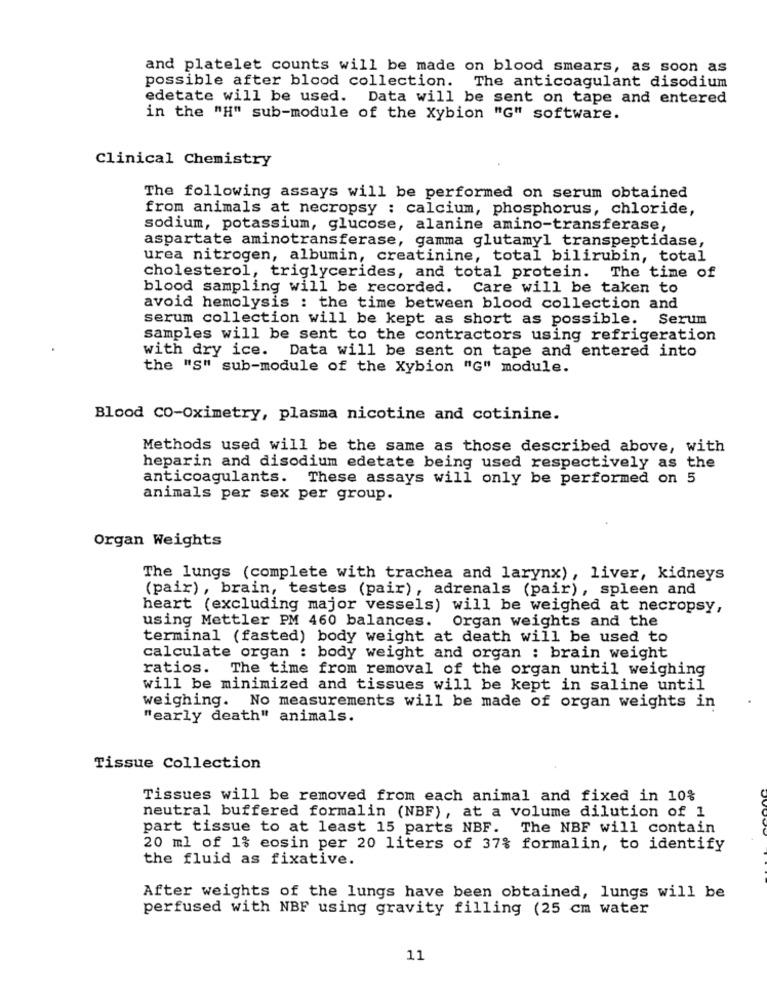
and platelet counts will be made on blood smears, as soon as
possible after blood collection. The anticoagulant disodium
edetate will be used. Data will be sent on tape and entered
in the "H" sub-module of the Xybion "G" software.
Clinical Chemistry
The following assays will be performed on serum obtained
from animals at necropsy : calcium, phosphorus, chloride,
sodium, potassium, glucose, alanine amino-transferase,
aspartate aminotransferase, gamma glutamyl transpeptidase,
urea nitrogen, albumin, creatinine, total bilirubin, total
cholesterol, triglycerides, and total protein. The time of
blood sampling will be recorded.
Care will be taken to
avoid hemolysis : the time between blood collection and
serum collection will be kept as short as possible.
Serum
samples will be sent to the contractors using refrigeration
with dry ice. Data will be sent on tape and entered into
the "S" sub-module of the Xybion "G" module.
Blood CO-Oximetry, plasma nicotine and cotinine.
Methods used will be the same as those described above, with
heparin and disodium edetate being used respectively as the
anticoagulants. These assays will only be performed on 5
animals per sex per group.
Organ Weights
The lungs (complete with trachea and larynx), liver, kidneys
(pair), brain, testes (pair), adrenals (pair), spleen and
heart (excluding major vessels) will be weighed at necropsy,
using Mettler PM 460 balances. Organ weights and the
terminal (fasted) body weight at death will be used to
calculate organ : body weight and organ : brain weight
ratios. The time from removal of the organ until weighing
will be minimized and tissues will be kept in saline until
weighing. No measurements will be made of organ weights in
"early death" animals.
Tissue Collection
Tissues will be removed from each animal and fixed in 10%
neutral buffered formalin (NBF), at a volume dilution of 1
part tissue to at least 15 parts NBF. The NBF will contain
20 ml of 1% eosin per 20 liters of 37% formalin, to identify
the fluid as fixative.
After weights of the lungs have been obtained, lungs will be
perfused with NBF using gravity filling (25 cm water
11